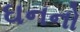
ઘનનો